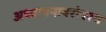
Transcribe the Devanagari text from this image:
अध्यापनाबरोबरच